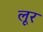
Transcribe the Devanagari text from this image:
लूर